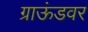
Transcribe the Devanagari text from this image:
ग्राऊंडवर